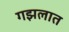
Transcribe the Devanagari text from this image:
गझलात